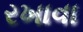
રખાવા